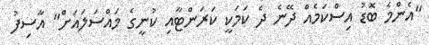
"އެންމެ ބޮޑު އިސްކަމެއް ދޭނެ ދެ ކަމަކީ ކަރަންޓާއި ކުނީގެ މައްސަލައަށް" އާސިފު